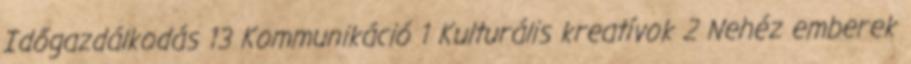
Időgazdálkodás 13 Kommunikáció 1 Kulturális kreatívok 2 Nehéz emberek